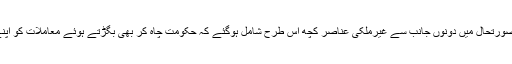
بعدازاں، اس پوری صورتحال میں دونوں جانب سے غیرملکی عناصر کچھ اس طرح شامل ہوگئے کہ حکومت چاہ کر بھی بگڑتے ہوئے معاملات کو اپنے قابو نہیں کر پائی۔